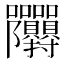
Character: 𭍙